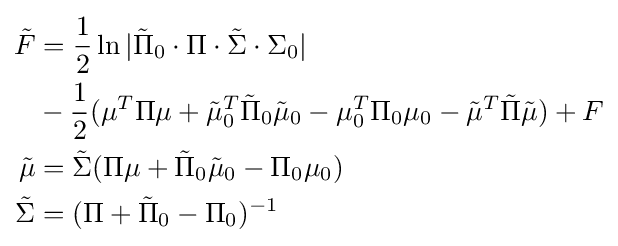
{\begin{aligned}{\tilde {F}}&={\frac {1}{2}}\ln |{\tilde {\Pi }}_{0}\cdot \Pi \cdot {\tilde {\Sigma }}\cdot \Sigma _{0}|\\&-{\frac {1}{2}}(\mu ^{T}\Pi \mu +{\tilde {\mu }}_{0}^{T}{\tilde {\Pi }}_{0}{\tilde {\mu }}_{0}-\mu _{0}^{T}\Pi _{0}\mu _{0}-{\tilde {\mu }}^{T}{\tilde {\Pi }}{\tilde {\mu }})+F\\{\tilde {\mu }}&={\tilde {\Sigma }}(\Pi \mu +{\tilde {\Pi }}_{0}{\tilde {\mu }}_{0}-\Pi _{0}\mu _{0})\\{\tilde {\Sigma }}&=(\Pi +{\tilde {\Pi }}_{0}-\Pi _{0})^{-1}\\\end{aligned}}